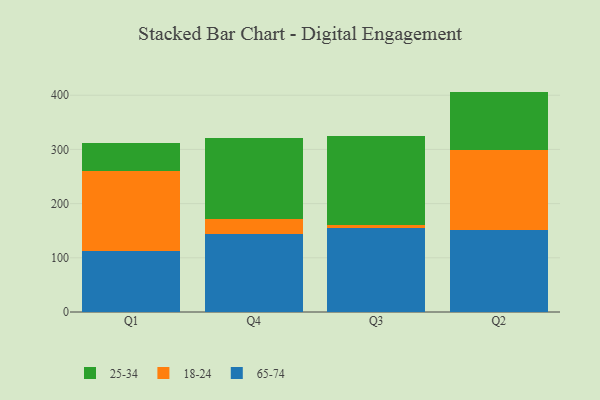
{"axis": {"x": "Quarter", "y": "Active Users"}, "legend": ["18-24", "25-34", "65-74"], "data": [{"x": "Q1", "y": 113.0, "type": "65-74"}, {"x": "Q1", "y": 146.5, "type": "18-24"}, {"x": "Q1", "y": 52.9, "type": "25-34"}, {"x": "Q4", "y": 144.0, "type": "65-74"}, {"x": "Q4", "y": 27.7, "type": "18-24"}, {"x": "Q4", "y": 150.0, "type": "25-34"}, {"x": "Q3", "y": 154.8, "type": "65-74"}, {"x": "Q3", "y": 6.4, "type": "18-24"}, {"x": "Q3", "y": 162.8, "type": "25-34"}, {"x": "Q2", "y": 152.1, "type": "65-74"}, {"x": "Q2", "y": 147.1, "type": "18-24"}, {"x": "Q2", "y": 107.5, "type": "25-34"}]}